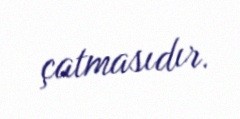
çatmasıdır.